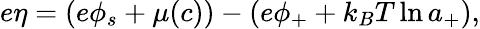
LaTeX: e\eta=\left(e\phi_{s}+\mu(c)\right)-\left(e\phi_{+}+k_{B}T\ln{a_{+}}\right),